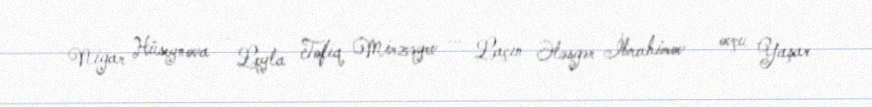
Nigar Hüseynova — Leyla Tofiq Mirzəyev — Laçın Ələsgər İbrahimov — ovçu Yaşar